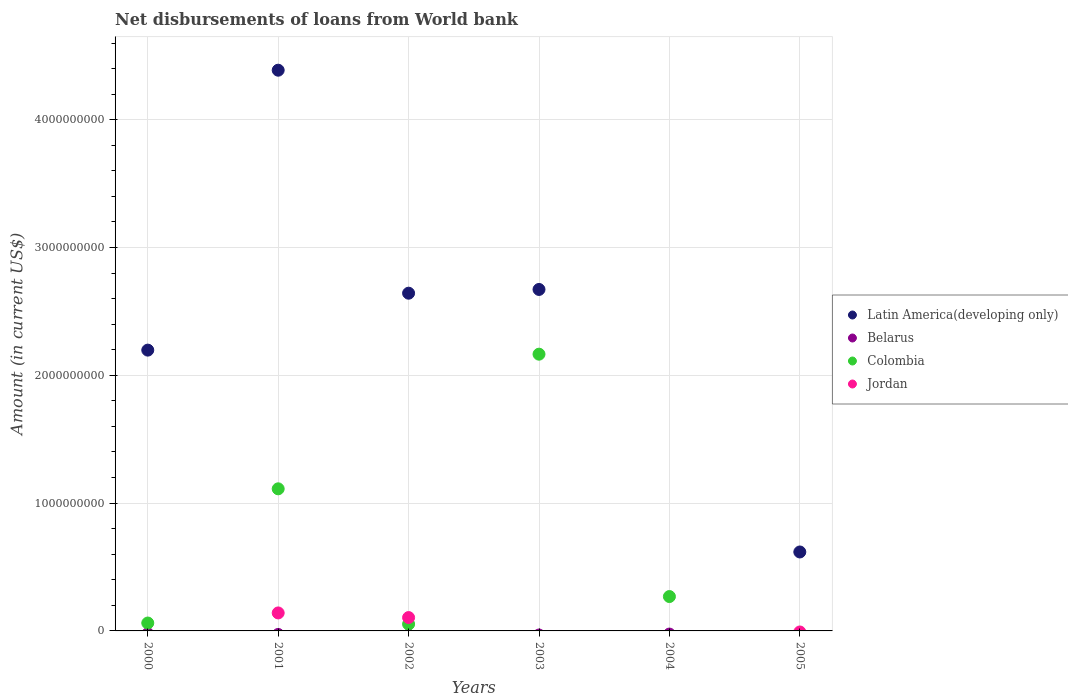
| Years | Latin America(developing only) | Belarus | Colombia | Jordan |
 | --- | --- | --- | --- | --- |
 | 2000 | 2.2e+09 | -2.22e+07 | 6.18e+07 | -4.41e+07 |
 | 2001 | 4.39e+09 | -2.76e+07 | 1.11e+09 | 1.41e+08 |
 | 2002 | 2.64e+09 | -3.31e+07 | 5.33e+07 | 1.05e+08 |
 | 2003 | 2.67e+09 | -3.2e+07 | 2.17e+09 | -5.9e+07 |
 | 2004 | -8.75e+08 | -2.46e+07 | 2.69e+08 | -1.03e+08 |
 | 2005 | 6.18e+08 | -3.27e+07 | -5.17e+08 | -8.24e+06 |